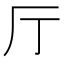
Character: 厅